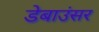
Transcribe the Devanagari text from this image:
डेबाउंसर